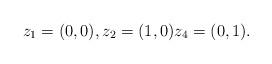
LaTeX: \begin{align*}z_1=(0,0),z_2=(1,0) z_4=(0,1).\end{align*}